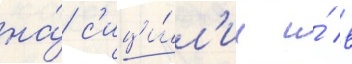
на́ с'ици́л'ии и́ в